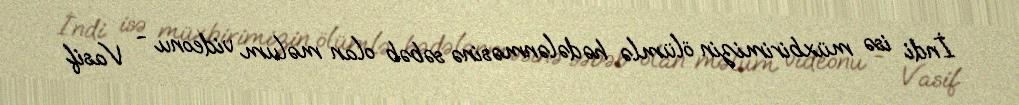
İndi isə müxbirimizin ölümlə hədələnməsinə səbəb olan məlum videonu - Vasif